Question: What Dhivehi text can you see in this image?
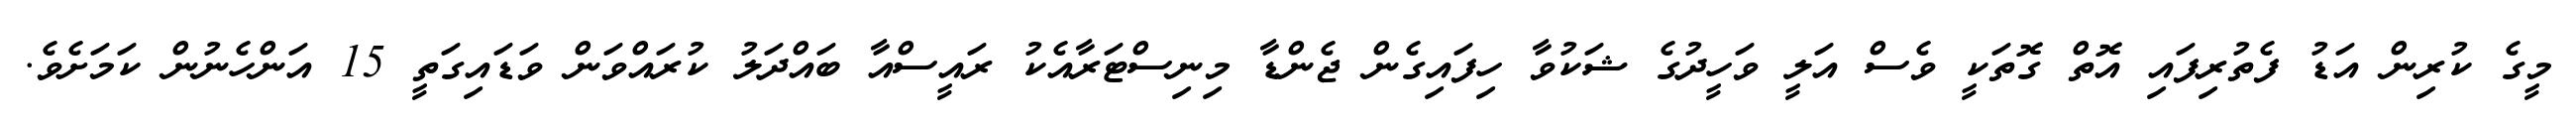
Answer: މީގެ ކުރިން އަޑު ފެތުރިފައި އޮތް ގޮތަކީ ވެސް އަލީ ވަހީދުގެ ޝަކުވާ ހިފައިގެން ޖެންޑާ މިނިސްޓަރާއެކު ރައީސްއާ ބައްދަލު ކުރައްވަން ވަޑައިގަތީ 15 އަންހެނުން ކަމަށެވެ.